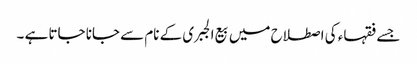
جسے فقہاء کی اصطلاح میں بیع الجبری کے نام سے جانا جاتا ہے ۔